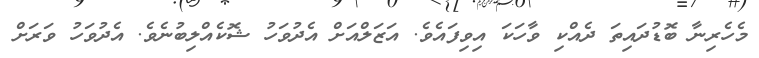
މެހެރިނާ ބޮޑުދައިތަ ދެއްކި ވާހަކަ އިވިފައެވެ. އަޒަލްއަށް އެދުވަހު ޝޮކެއްލިބުނެވެ. އެދުވަހު ވަރަށް